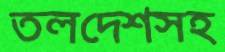
তলদেশসহ